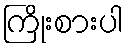
ကြိုးစားပါ